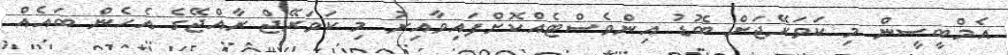
އެމްބީސީން މި ކަވަރޭޖަށް ބޮޑު އިންވެސްޓެއްކޮށްފައިވާއިރު މި ކަވަރޭޖް ރާއްޖޭގެ އެހެން ބައެއް